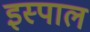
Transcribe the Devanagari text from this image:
इस्पाल